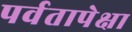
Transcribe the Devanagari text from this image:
पर्वतापेक्षा